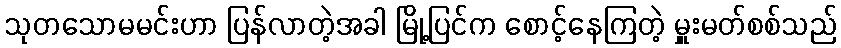
သုတသောမမင်းဟာ ပြန်လာတဲ့အခါ မြို့ပြင်က စောင့်နေကြတဲ့ မှူးမတ်စစ်သည်